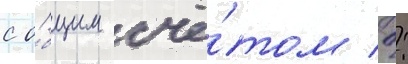
с о́бщим счё́том 0: